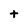
Character: t